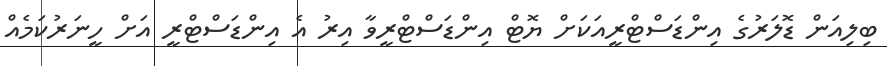
ބިލިއަން ޑޮލަރުގެ އިންޑަސްޓްރީއަކަށް ޔޮޓް އިންޑަސްޓްރީވާ އިރު އެ އިންޑަސްޓްރީ އަށް ހީނަރުކަމެއް